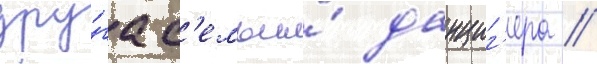
дру́га с'емьи́ данциг'ера //